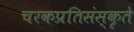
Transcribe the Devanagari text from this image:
चरकप्रतिसंस्कृते